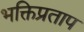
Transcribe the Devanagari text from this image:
भक्तिप्रताप